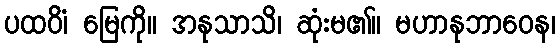
ပထဝိံ၊ မြေကို။ အနုသာသိ၊ ဆုံးမ၏။ မဟာနုဘာဝေန၊